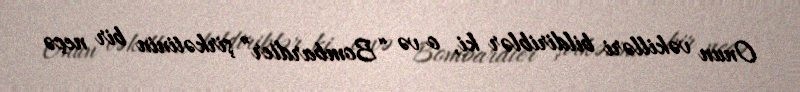
Onun vəkilləri bildiriblər ki, o və “Bombardier” şirkətinin bir neçə